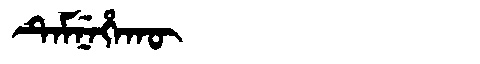
Manchu: ᡨᡝᠮᠨᡝᡥᠠᡴᡡ
Romanization: TEMNEHAKŪ